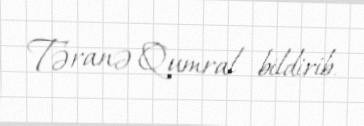
Təranə Qumral bildirib.